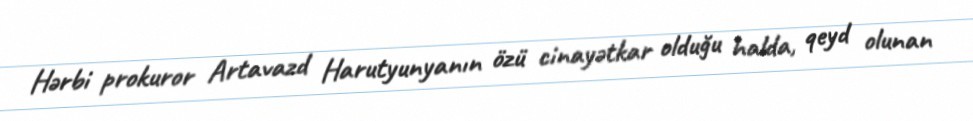
Hərbi prokuror Artavazd Harutyunyanın özü cinayətkar olduğu halda, qeyd olunan